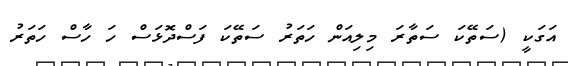
އަގަކީ (ސަތޭކަ ސަތާރަ މިލިއަން ހަތަރު ސަތޭކަ ފަސްދޮޅަސް ހަ ހާސް ހަތަރު